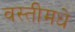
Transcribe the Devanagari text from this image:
वस्तीमधे